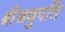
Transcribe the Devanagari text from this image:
श्रीजदुपति